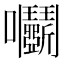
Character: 𡆞